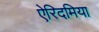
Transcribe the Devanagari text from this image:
ऐरिदमिया